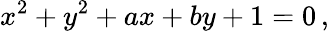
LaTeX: x^{2}+y^{2}+ax+by+1=0\, ,